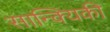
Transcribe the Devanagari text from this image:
सान्क्यिकी